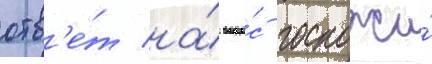
отв'е́т на́ вопро́с госпожи́